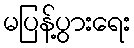
မပြန့်ပွားရေး